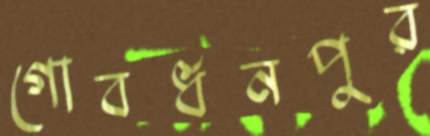
গোবর্ধনপুর